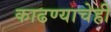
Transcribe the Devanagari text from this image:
काढण्याचेही